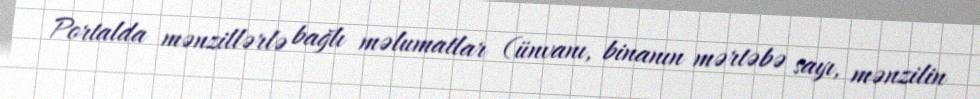
Portalda mənzillərlə bağlı məlumatlar (ünvanı, binanın mərtəbə sayı, mənzilin